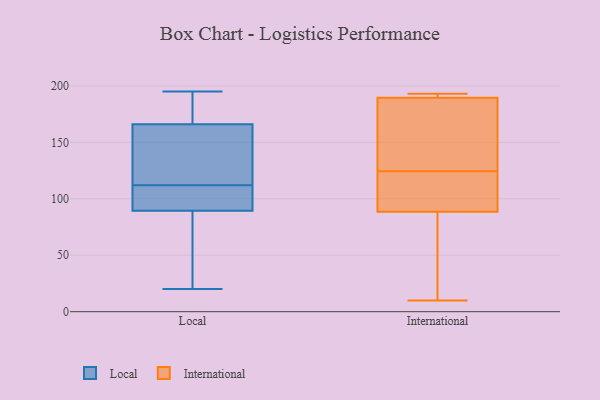
{"axis": {"x": "Inventory Turnover", "y": "Value"}, "legend": ["International", "Local"], "data": [{"x": "", "y": 97, "type": "Local"}, {"x": "", "y": 20, "type": "Local"}, {"x": "", "y": 144, "type": "Local"}, {"x": "", "y": 110, "type": "Local"}, {"x": "", "y": 59, "type": "Local"}, {"x": "", "y": 114, "type": "Local"}, {"x": "", "y": 183, "type": "Local"}, {"x": "", "y": 195, "type": "Local"}, {"x": "", "y": 87, "type": "Local"}, {"x": "", "y": 171, "type": "Local"}, {"x": "", "y": 70, "type": "Local"}, {"x": "", "y": 181, "type": "Local"}, {"x": "", "y": 112, "type": "Local"}, {"x": "", "y": 151, "type": "Local"}, {"x": "", "y": 101, "type": "Local"}, {"x": "", "y": 183, "type": "International"}, {"x": "", "y": 191, "type": "International"}, {"x": "", "y": 121, "type": "International"}, {"x": "", "y": 25, "type": "International"}, {"x": "", "y": 10, "type": "International"}, {"x": "", "y": 190, "type": "International"}, {"x": "", "y": 189, "type": "International"}, {"x": "", "y": 35, "type": "International"}, {"x": "", "y": 153, "type": "International"}, {"x": "", "y": 193, "type": "International"}, {"x": "", "y": 97, "type": "International"}, {"x": "", "y": 128, "type": "International"}, {"x": "", "y": 80, "type": "International"}, {"x": "", "y": 192, "type": "International"}, {"x": "", "y": 120, "type": "International"}, {"x": "", "y": 113, "type": "International"}]}